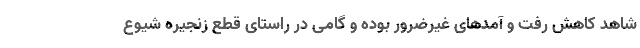
شاهد کاهش رفت و آمدهای غیرضرور بوده و گامی در راستای قطع زنجیره شیوع